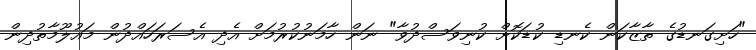
"ހަށިގަނޑުގެ ތާޒާކަން ކެނޑި ކުޑަކޮށް ކުނިވަސްދުވާ" ނަން ހާމަނުކުރުމަށް އެދި އެސަރަހައްދުން މައުލޫމާތުދިން